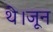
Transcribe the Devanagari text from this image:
थे।जून